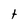
Character: t